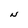
Character: N